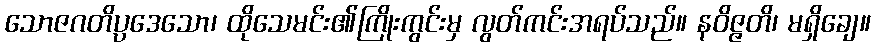
သောဇဂတိပ္ပဒေသော၊ ထိုသေမင်း၏ကြိုးကွင်းမှ လွတ်ကင်းအရပ်သည်။ နဝိဇ္ဇတိ၊ မရှိချေ။